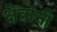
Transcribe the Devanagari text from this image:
क्षेत्रांनी